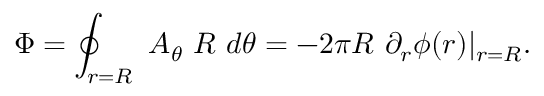
\Phi = \oint _ { r = R } \ A _ { \theta } \ R \ d \theta = - 2 \pi R \ \partial _ { r } \phi ( r ) \vert _ { r = R } .